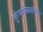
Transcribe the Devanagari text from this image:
कुंभमेळ्यांनंतर